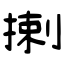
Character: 揦